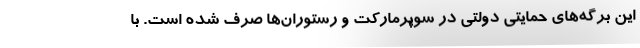
این برگه‌های حمایتی دولتی در سوپرمارکت و رستوران‌ها صرف شده است. با